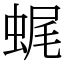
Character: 𧋦